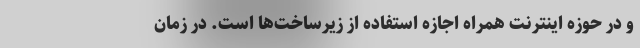
و در حوزه اینترنت همراه اجازه استفاده از زیرساخت‌ها است. در زمان